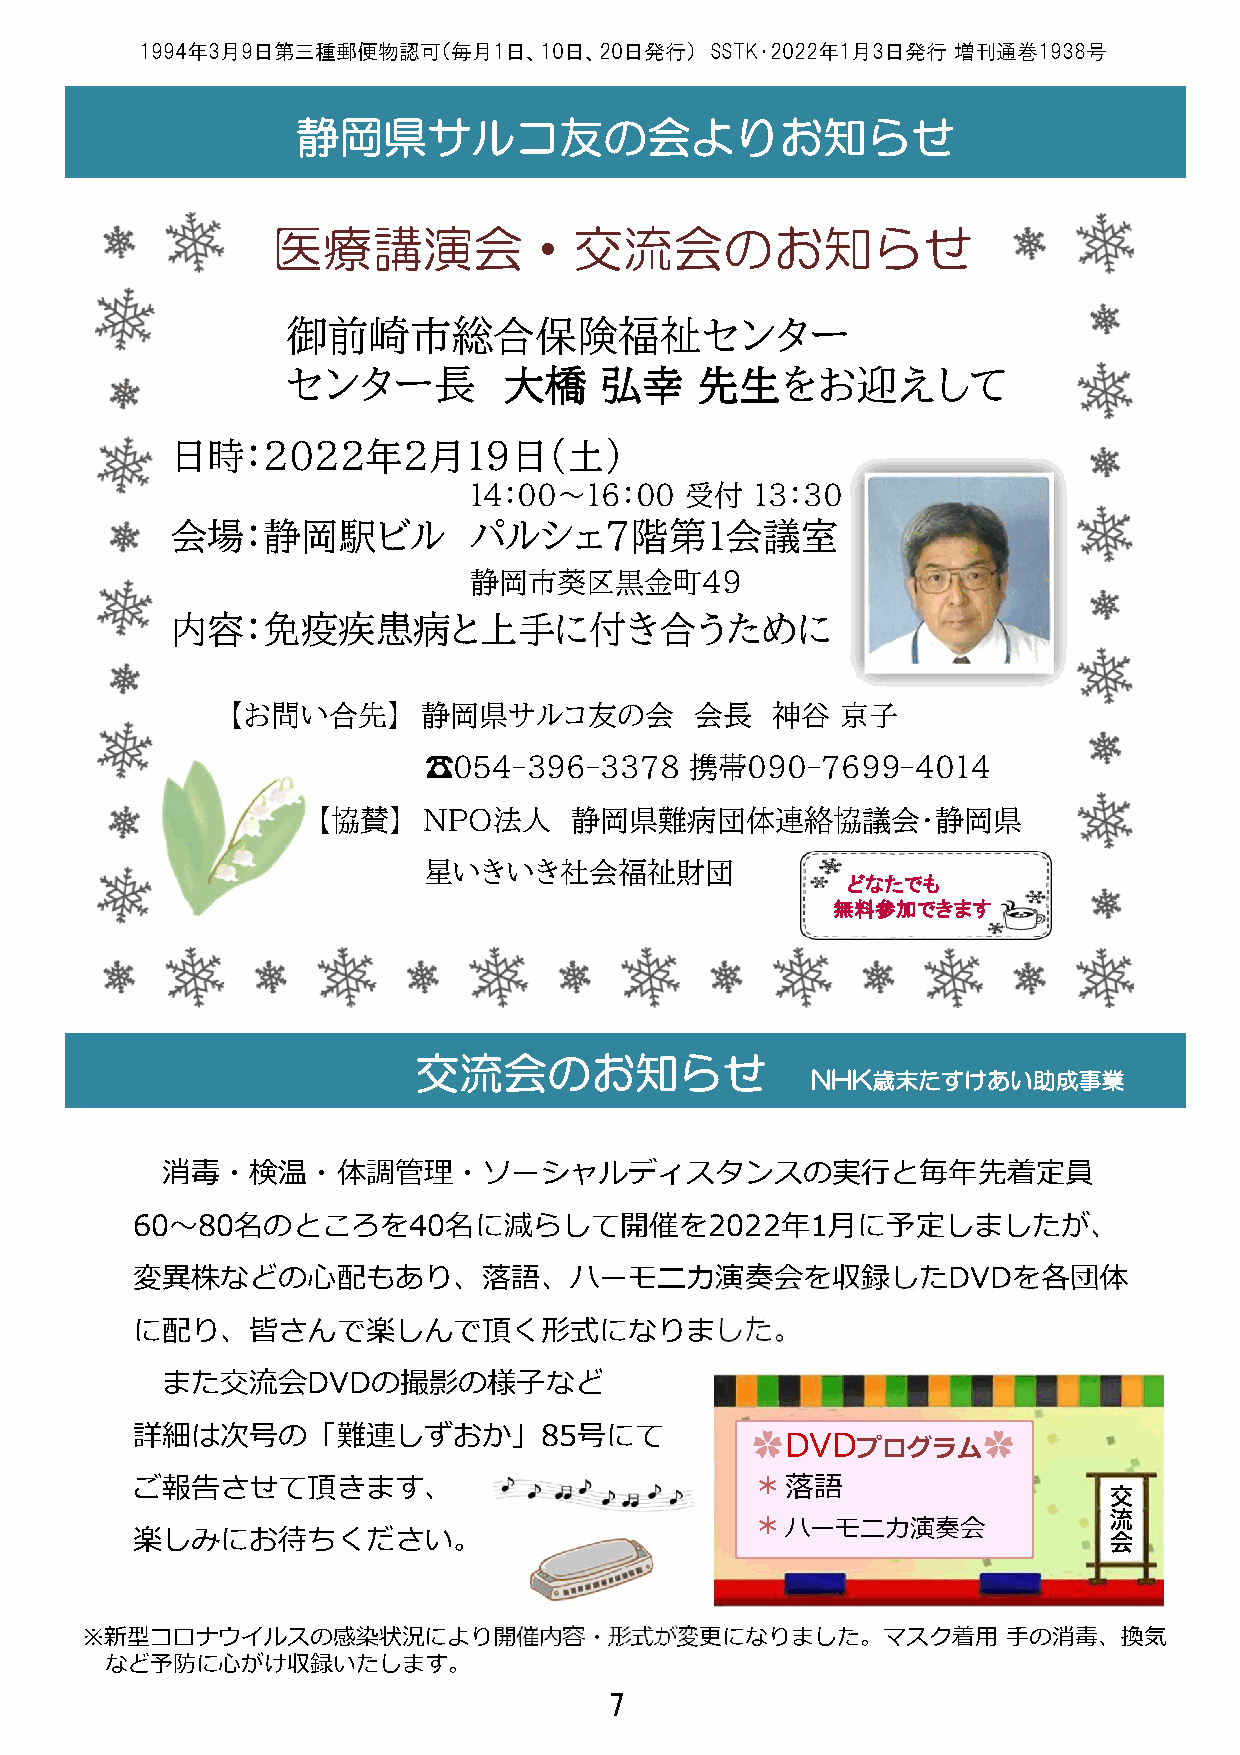
1994年3月9日第三種郵便物認可（毎月1日、10日、20日発行）     SSTK・2022年1月3日発行 増刊通巻1938号
 静岡県サルコ友の会よりお知らせ
 医療講演会・交流会のお知らせ
 御前崎市総合保険福祉センター
 センター長         大橋     弘幸    先生をお迎えして
 日時：2022年2月19日（土）
 14：00～16：00   受付   13：30
 会場：静岡駅ビル            パルシェ7階第1会議室
 静岡市葵区黒金町49
 内容：免疫疾患病と上手に付き合うために
 【お問い合先】      静岡県サルコ友の会         会長   神谷   京子
 ☎054-396-3378     携帯090-7699-4014
 【協賛】   NPO法人     静岡県難病団体連絡協議会・静岡県
 星いきいき社会福祉財団
 どなたでも
 無料参加できます
 交流会のお知らせ
 NHK歳末たすけあい助成事業
 消毒・検温・体調管理・ソーシャルディスタンスの実⾏と毎年先着定員
 60〜80名のところを40名に減らして開催を2022年1月に予定しましたが、
 変異株などの⼼配もあり、落語、ハーモニカ演奏会を収録したDVDを各団体
 に配り、皆さんで楽しんで頂く形式になりました。
 また交流会DVDの撮影の様子など
 詳細は次号の「難連しずおか」85号にて
 ✿DVDプログラム✿
 ご報告させて頂きます、                              ＊落語                    交
 流
 楽しみにお待ちください。
 ＊ハーモニカ演奏会
 会
 ※新型コロナウイルスの感染状況により開催内容・形式が変更になりました。マスク着⽤                      ⼿の消毒、換気
 など予防に⼼がけ収録いたします。
 7